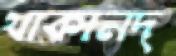
থাকানদ্